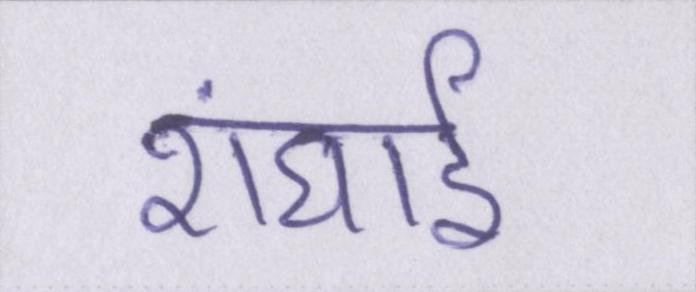
शंघाई